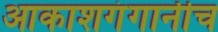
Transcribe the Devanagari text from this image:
आकाशगंगानीच